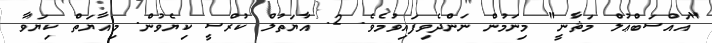
"އައްސަބްޢުލް މަޘާނީ" މިނަމުން ނަންދެވިފައިވުމެވެ. 2. އާޔަތުލް ކުރްސީ ކިޔެވުން. މިއާޔަތް ކިޔަވާ